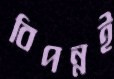
বিপন্নই